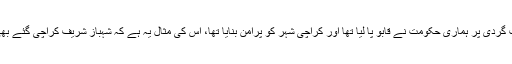
سابق وزیراعظم نے یہ بھی کہا کہ ملک میں جاری دہشت گردی پر ہماری حکومت نے قابو پا لیا تھا اور کراچی شہر کو پُرامن بنایا تھا، اس کی مثال یہ ہے کہ شہباز شریف کراچی گئے بھی نہیں پھر بھی فیصل واؤڈا سے 500 ووٹوں سے ہارے۔